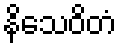
နိသေဝိတံ